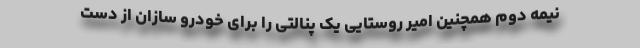
نیمه دوم همچنین امیر روستایی یک پنالتی را برای خودرو سازان از دست